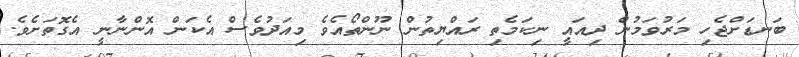
ބަނޑަށްޖެހި މަރުވަމުން ދިއައީ ނިކަމެތި ރައްޔިތުން ނޫންތޯއެވެ މިއަދުވެސް އެކަން އޮންނާނީ އެގޮތަށެވެ.